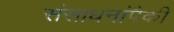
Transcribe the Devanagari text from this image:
संसाधनांपैकी